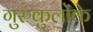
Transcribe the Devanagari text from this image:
गुरुकुलोंके